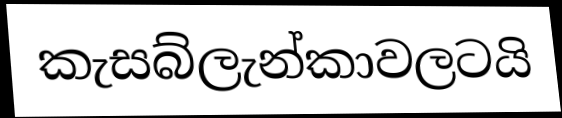
කැසබ්ලැන්කාවලටයි